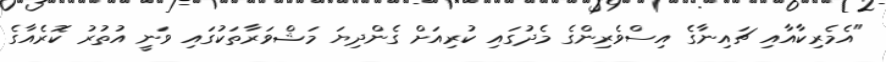
"އެމެރިކާއާއި ޗައިނާގެ އިސްވެރިންގެ މެދުގައި ކުރިއަށް ގެންދިޔަ މަޝްވަރާތަކުގައި ވަނީ އުތުރު ކޮރެއާގެ